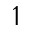
\upharpoonleft